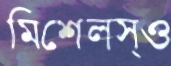
মিশেলস্ও